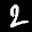
Label: 2